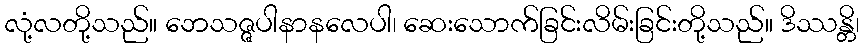
လုံ့လတို့သည်။ ဘေသဇ္ဇပါနာနလေပါ၊ ဆေးသောက်ခြင်းလိမ်းခြင်းတို့သည်။ ဒိဿန္တိ၊